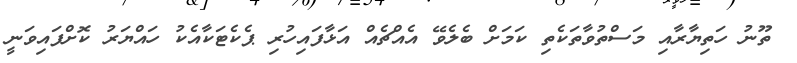
ތޫނު ހަތިޔާރާއި މަސްތުވާތަކެތި ކަމަށް ބެލެވޭ އެއްޗެއް އަޅާފައިހުރި ޕެކެޓަކާއެކު ހައްޔަރު ކޮށްފައިވަނީ